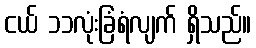
ငယ် ၁၁လုံးခြံရံလျက် ရှိသည်။